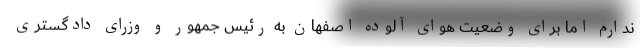
ندارم اما برای وضعیت هوای آلوده اصفهان به رئیس جمهور و وزرای دادگستری